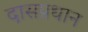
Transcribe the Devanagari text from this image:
दासप्रधान